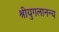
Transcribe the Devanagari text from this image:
श्रीयुगलानन्य